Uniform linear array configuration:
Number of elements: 32
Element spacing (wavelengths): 0.25
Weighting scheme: uniform
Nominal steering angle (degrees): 30
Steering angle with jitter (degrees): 31.952
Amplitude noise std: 0.05
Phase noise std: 0.05

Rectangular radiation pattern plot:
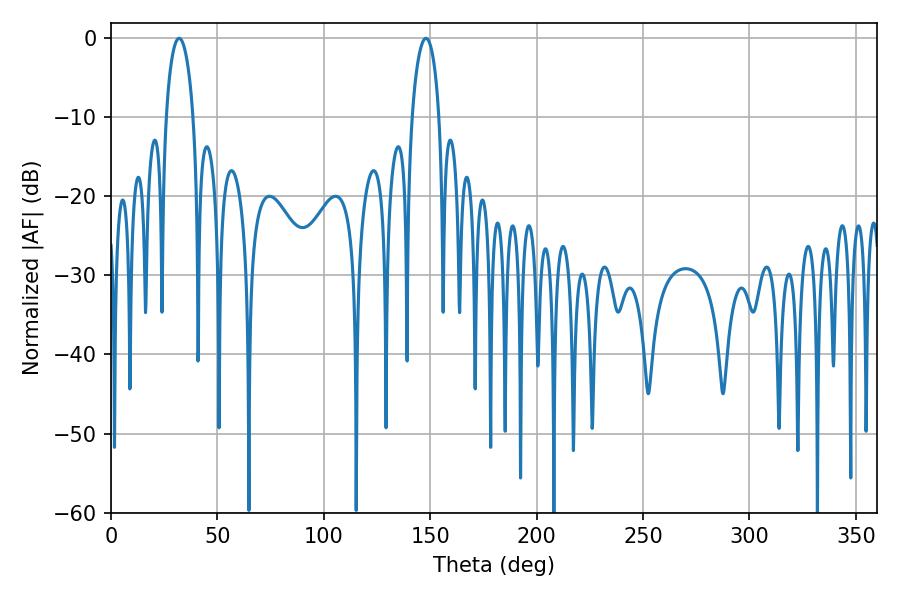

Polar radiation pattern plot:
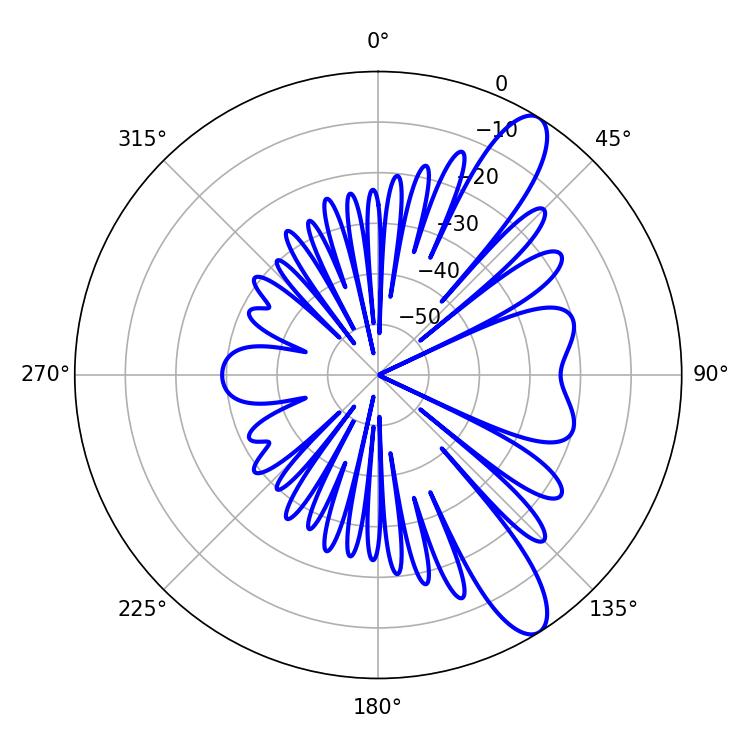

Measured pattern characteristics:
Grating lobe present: FALSE
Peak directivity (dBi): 11.034
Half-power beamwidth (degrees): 7.38
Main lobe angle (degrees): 32.04